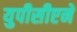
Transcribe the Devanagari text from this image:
युपीसीएने